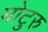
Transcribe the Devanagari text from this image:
मोटुरु